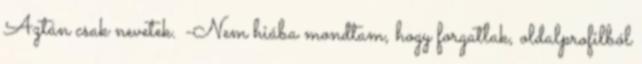
Aztán csak nevetek. -Nem hiába mondtam, hogy forgatlak, oldalprofilból